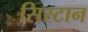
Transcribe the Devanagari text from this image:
सिस्टान